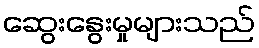
ဆွေးနွေးမှုများသည်